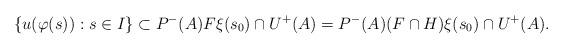
LaTeX: \begin{align*}\{u(\varphi(s)):s\in I\}\subset P^-(A)F\xi(s_0) \cap U^+(A)=P^-(A)(F\cap H) \xi(s_0) \cap U^+(A).\end{align*}